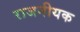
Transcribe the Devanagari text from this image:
राजनीयक